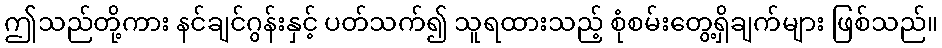
ဤသည်တို့ကား နင်ချင်ဂွန်းနှင့် ပတ်သက်၍ သူရထားသည့် စုံစမ်းတွေ့ရှိချက်များ ဖြစ်သည်။